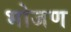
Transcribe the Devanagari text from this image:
भोजण